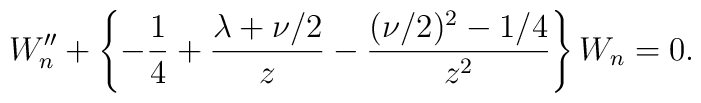
W^{\prime\prime}_{n}+\left\{{-{1\over 4}+{\lambda+\nu/2\over z}-{(\nu/2)^2-1/4\over z^2}}\right\}W_{n}=0.